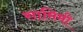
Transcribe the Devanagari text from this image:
सामिमी